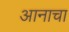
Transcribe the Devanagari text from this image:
आनाचा